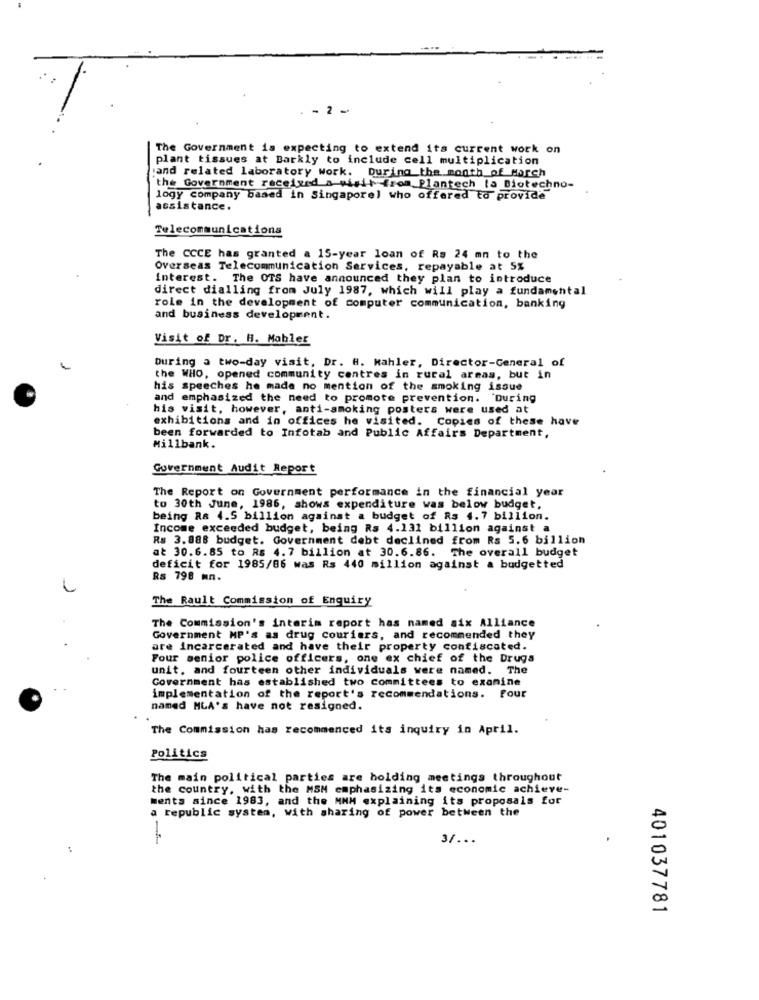
. - 2 -
The Government is expecting to extend its current work on
plant tissues at Barkly to include cell multiplication
and related laboratory work. During the month of March
the Government received a visit from Plantech la Biotechno-
logy company based in Singapore) who offered to provide
assistance.
Telecommunications
The CCCE has granted a 15-year loan of Rs 24 mn to the
Overseas Telecommunication Services, repayable at 5%
interest. The OTS have announced they plan to introduce
direct dialling from July 1987, which will play a fundamental
role in the development of computer communication, banking
and business development.
Visit of Dr. H. Mabler
During a two-day visit, Dr. #. Mahler, Director-General of
the WHO, opened community centres in rural areas, but in
his speeches he made no mention of the smoking issue
and emphasized the need to promote prevention. During
his visit, however, anti-smoking posters were used at
exhibitions and in offices he visited. Copies of these have
been forwarded to Infotab and Public Affairs Department,
Millbank.
Government Audit Report
The Report on Government performance in the financial year
to 30th June, 1986, shows expenditure was below budget,
being Ra 4.5 billion against a budget of Rs 4.7 billion.
Income exceeded budget, being Rs 4.131 billion against a
Rs 3.888 budget. Government debt declined from Rs 5.6 billion
at 30.6.85 to RS 4.7 billion at 30.6.86. The overall budget
deficit for 1985/86 was Rs 440 million against a budgetted
Rs 798 mn.
The Rault Commission of Enquiry
The Commission's interim report has named six Alliance
Government MP's as drug couriers, and recommended they
are incarcerated and have their property confiscated.
Four senior police officers, one ex chief of the Drugs
unit, and fourteen other individuals were named. The
Government has established two committees to examine
implementation of the report's recommendations. Four
named MLA's have not resigned.
The Commission has recommenced its inquiry in April.
Politics
The main political parties are holding meetings throughout
the country, with the MSM emphasizing its economic achieve-
ments since 1983, and the MMM explaining its proposals for
a republic system, with sharing of power between the
3/ ...
..
401037781